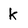
Character: k